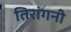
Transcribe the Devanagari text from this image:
तिरांगनी